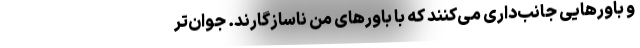
و باورهایی جانب‌داری می‌کنند که با باورهای من ناسازگارند. جوان‌تر